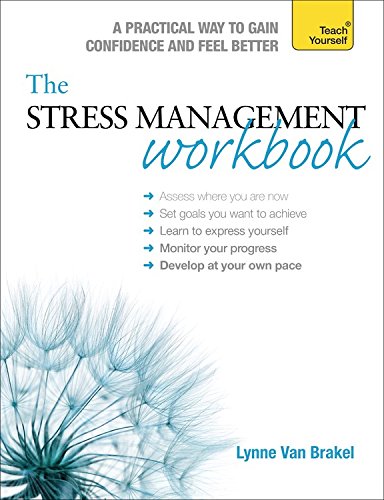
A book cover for The Stress Management Workbook: A guide to developing resilience (Teach Yourself); Lynne Van Brakel; Health, Fitness & Dieting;